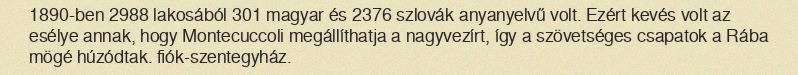
1890-ben 2988 lakosából 301 magyar és 2376 szlovák anyanyelvű volt. Ezért kevés volt az esélye annak, hogy Montecuccoli megállíthatja a nagyvezírt, így a szövetséges csapatok a Rába mögé húzódtak. fiók-szentegyház.